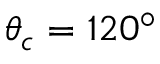
\theta _ { c } = 1 2 0 ^ { \circ }